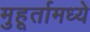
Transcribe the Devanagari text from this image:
मुहूर्तामध्ये